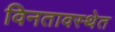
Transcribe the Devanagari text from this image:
विनतावस्थेत